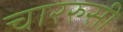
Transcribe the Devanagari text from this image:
चाररुसी